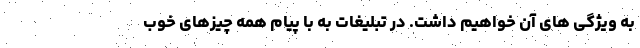
به ویژگی های آن خواهیم داشت. در تبلیغات به با پیام همه چیزهای خوب